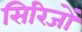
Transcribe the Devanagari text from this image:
सिरिजों